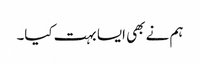
ہم نے بھی ایسا بہت کیا۔